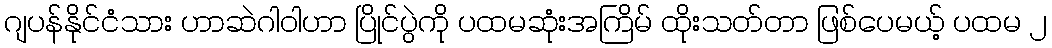
ဂျပန်နိုင်ငံသား ဟာဆဲဂါဝါဟာ ပြိုင်ပွဲကို ပထမဆုံးအကြိမ် ထိုးသတ်တာ ဖြစ်ပေမယ့် ပထမ ၂